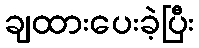
ချထားပေးခဲ့ပြီး